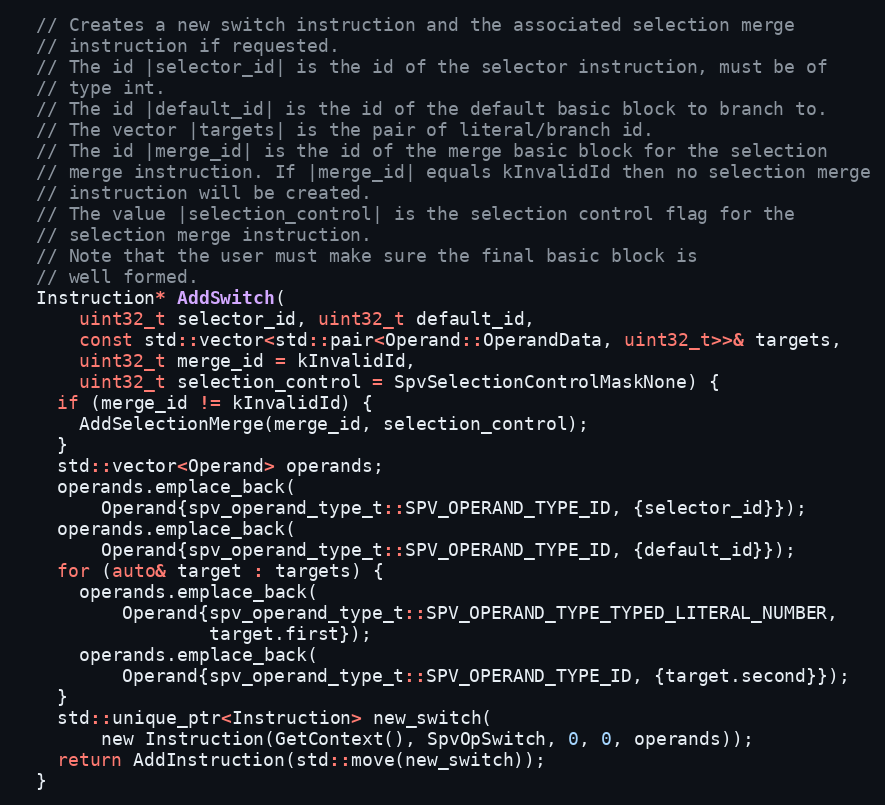
Language: C
  // Creates a new switch instruction and the associated selection merge
  // instruction if requested.
  // The id |selector_id| is the id of the selector instruction, must be of
  // type int.
  // The id |default_id| is the id of the default basic block to branch to.
  // The vector |targets| is the pair of literal/branch id.
  // The id |merge_id| is the id of the merge basic block for the selection
  // merge instruction. If |merge_id| equals kInvalidId then no selection merge
  // instruction will be created.
  // The value |selection_control| is the selection control flag for the
  // selection merge instruction.
  // Note that the user must make sure the final basic block is
  // well formed.
  Instruction* AddSwitch(
      uint32_t selector_id, uint32_t default_id,
      const std::vector<std::pair<Operand::OperandData, uint32_t>>& targets,
      uint32_t merge_id = kInvalidId,
      uint32_t selection_control = SpvSelectionControlMaskNone) {
    if (merge_id != kInvalidId) {
      AddSelectionMerge(merge_id, selection_control);
    }
    std::vector<Operand> operands;
    operands.emplace_back(
        Operand{spv_operand_type_t::SPV_OPERAND_TYPE_ID, {selector_id}});
    operands.emplace_back(
        Operand{spv_operand_type_t::SPV_OPERAND_TYPE_ID, {default_id}});
    for (auto& target : targets) {
      operands.emplace_back(
          Operand{spv_operand_type_t::SPV_OPERAND_TYPE_TYPED_LITERAL_NUMBER,
                  target.first});
      operands.emplace_back(
          Operand{spv_operand_type_t::SPV_OPERAND_TYPE_ID, {target.second}});
    }
    std::unique_ptr<Instruction> new_switch(
        new Instruction(GetContext(), SpvOpSwitch, 0, 0, operands));
    return AddInstruction(std::move(new_switch));
  }